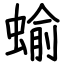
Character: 蝓